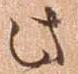
此